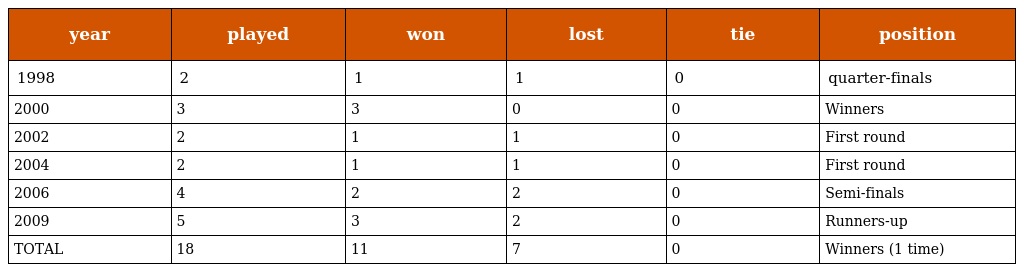
| year | played | won | lost | tie | position |
 | --- | --- | --- | --- | --- | --- |
 | 1998 | 2 | 1 | 1 | 0 | quarter-finals |
 | 2000 | 3 | 3 | 0 | 0 | Winners |
 | 2002 | 2 | 1 | 1 | 0 | First round |
 | 2004 | 2 | 1 | 1 | 0 | First round |
 | 2006 | 4 | 2 | 2 | 0 | Semi-finals |
 | 2009 | 5 | 3 | 2 | 0 | Runners-up |
 | TOTAL | 18 | 11 | 7 | 0 | Winners (1 time) |